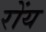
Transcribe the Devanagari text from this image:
रोंय